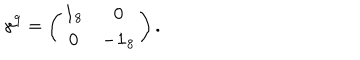
\gamma ^ { 9 } = \left( \begin{array} { c c } { { { \bf 1 } _ { 8 } } } & { { 0 } } \\ { { 0 } } & { { - { \bf 1 } _ { 8 } } } \\ \end{array} \right) .